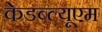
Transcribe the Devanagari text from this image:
केडब्ल्यूएम